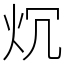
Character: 𤆤